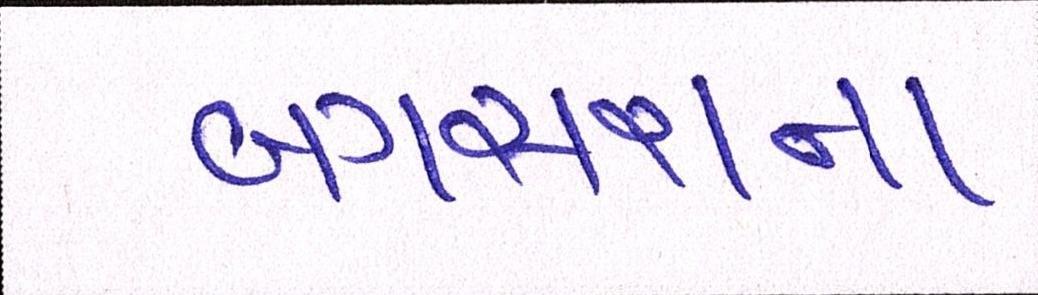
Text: બગસરાના